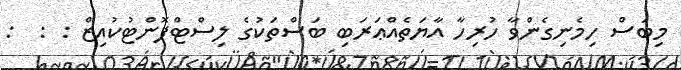
މިބަސް ހިމެނިގެންވާ ހުރިހާ އާޔަތެއްޢަރަބި ބަސްތަކުގެ ލިސްޓްފޮންޓުކުއިޒް : :  :